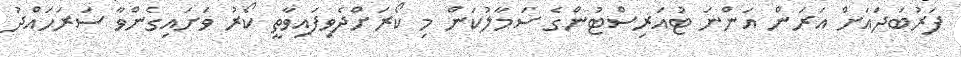
ފަރުބަދައަށް އަރަން އަންނަ ޓުއަރިސްޓުންގެ ސަމާލުކަން މި ކޯރަށްދެވިފައިވާތީ ކޯރު ވަށައިގެންވާ ސަރަހައްދު